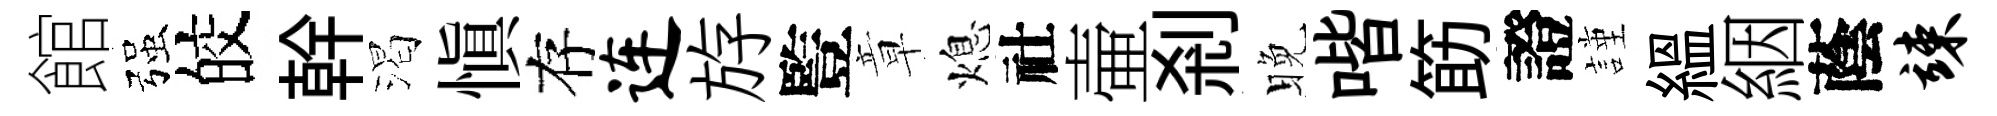
館强皎幹渴愼存连斿䜿章熄社壷剎晚喈筯證謹緼絪蔭竦